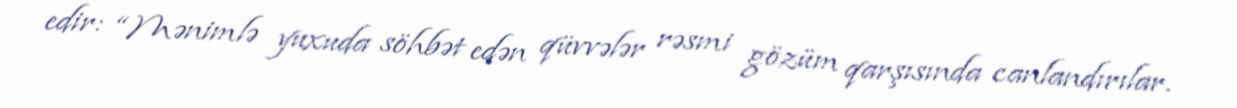
edir: “Mənimlə yuxuda söhbət edən qüvvələr rəsmi gözüm qarşısında canlandırılar.